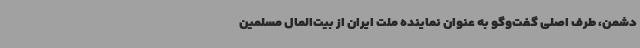
دشمن، طرف اصلی گفت‌وگو به عنوان نماینده ملت ایران از بیت‌المال مسلمین